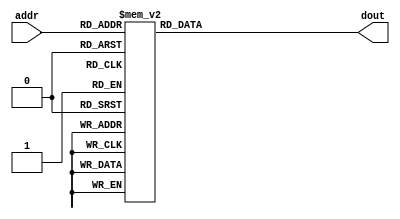
module ht_stf_rom
(
  input      [3:0]  addr,
  output reg [31:0] dout  
);

  always @ *
    case (addr)
	/*michael code*/
            //   0:   dout = 32'h02D402D4;
            //   1:   dout = 32'hF7DB0025;
            //   2:   dout = 32'hFF2CFB2C;
            //   3:   dout = 32'h08C7FF39;
            //   4:   dout = 32'h05A80000;
            //   5:   dout = 32'h08C7FF39;
            //   6:   dout = 32'hFF2CFB2C;
            //   7:   dout = 32'hF7DB0025;
            //   8:   dout = 32'h02D402D4;
            //   9:   dout = 32'h0025F7DB;
            //  10:   dout = 32'hFB2CFF2C;
            //  11:   dout = 32'hFF3908C7;
            //  12:   dout = 32'h000005A8;
            //  13:   dout = 32'hFF3908C7;
            //  14:   dout = 32'hFB2CFF2C;
            //  15:   dout = 32'h0025F7DB;


/*after scaling*/
            0:    dout = 32'h061C061C;
            1:    dout = 32'hEE680050;
            2:    dout = 32'hFE36F592;
            3:    dout = 32'h12F6FE52;
            4:    dout = 32'h0C380000;
            5:    dout = 32'h12F6FE52;
            6:    dout = 32'hFE36F592;
            7:    dout = 32'hEE680050;
            8:    dout = 32'h061C061C;
            9:    dout = 32'h0050EE68;
            10:   dout = 32'hF592FE36;
            11:   dout = 32'hFE5212F6;
            12:   dout = 32'h00000C38;
            13:   dout = 32'hFE5212F6;
            14:   dout = 32'hF592FE36;
            15:   dout = 32'h0050EE68;

          default: dout = 32'h00000000;
    endcase

endmodule